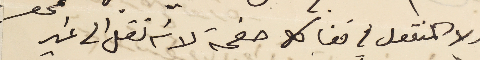
ولا المنقول في قفا كل صفحة لانه نقل الى غير